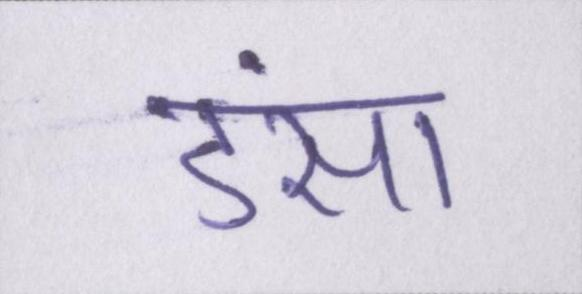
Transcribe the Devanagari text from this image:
डंसा